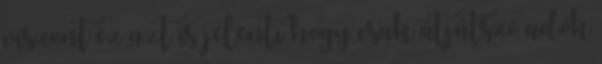
viszont ez azt is jelenti hogy csak átjátszó adók